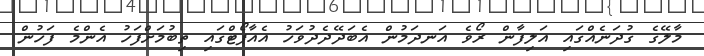
މާލޭގެ ގުދަނެއްގައި އަލިފާން ރޯވެ އަނދަމުން އެބަދޭދެދުވަހު އެއާޕޯޓްގައި ތިބުމަށްފަހު އެންމެ ފަހުން